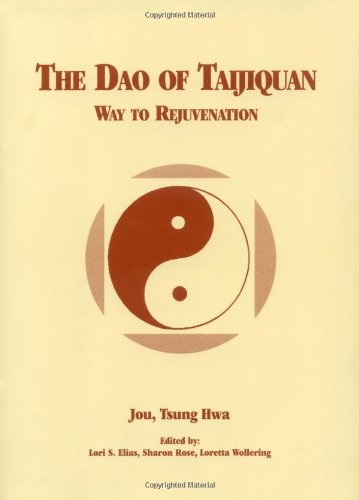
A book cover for The Dao of Taijiquan: Way to Rejuvenation (Tai Chi); Tsung Hwa Jou; Health, Fitness & Dieting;